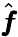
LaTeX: \hat{\pmb f}